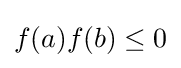
f(a)f(b)\leq 0